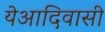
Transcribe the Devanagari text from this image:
येआदिवासी